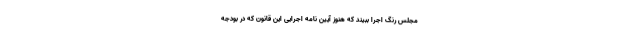
مجلس رنگ اجرا ببیند که هنوز آیین نامه اجرایی این قانون که در بودجه